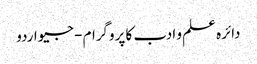
دائرہ علم و ادب کا پروگرام - جیو اردو